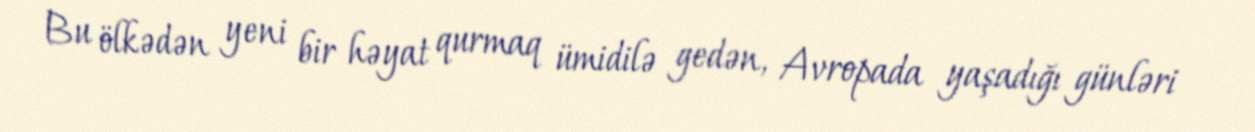
Bu ölkədən yeni bir həyat qurmaq ümidilə gedən, Avropada yaşadığı günləri